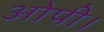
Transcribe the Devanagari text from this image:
ओपी।